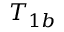
T _ { 1 b }